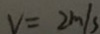
v = 2 m / s